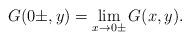
LaTeX: \begin{align*}G(0\pm,y)=\lim_{x\to 0\pm}G(x,y).\end{align*}